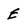
Character: E